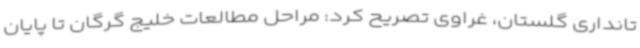
تانداری گلستان، غراوی تصریح کرد: مراحل مطالعات خلیج گرگان تا پایان